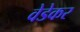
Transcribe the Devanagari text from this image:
वेडेकर